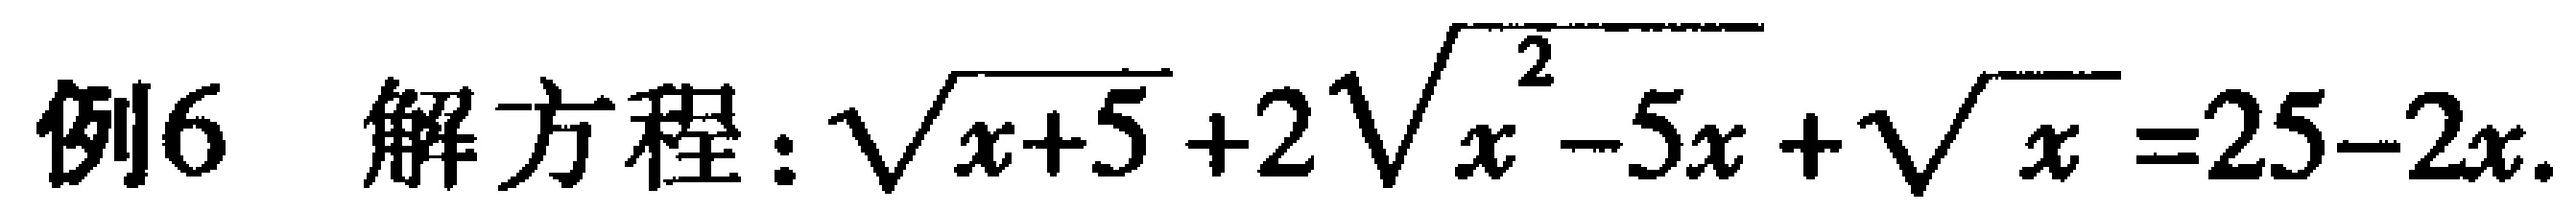
例6 解方程：\(\sqrt{x + 5}+2\sqrt{x^{2}-5x}+\sqrt{x}=25 - 2x\)